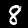
Digit: 8